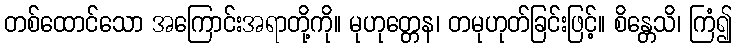
တစ်ထောင်သော အကြောင်းအရာတို့ကို။ မုဟုတ္တေန၊ တမုဟုတ်ခြင်းဖြင့်။ စိန္တေသိ၊ ကြံ၍